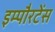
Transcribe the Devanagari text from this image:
इम्पौरटेंस